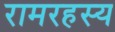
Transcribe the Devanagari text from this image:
रामरहस्य